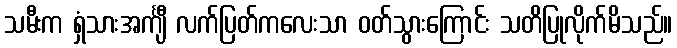
သမီးက ရှံသားအင်္ကျီ လက်ပြတ်ကလေးသာ ဝတ်သွားကြောင်း သတိပြုလိုက်မိသည်။